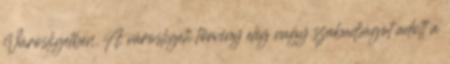
Városligetben. A városligeti törvény elég nagy szabadságot adott a